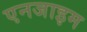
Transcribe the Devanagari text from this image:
एनजाइम